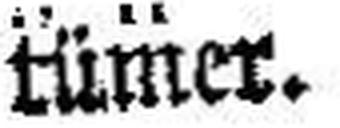
tümer.